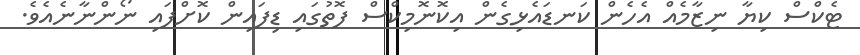
ޓެކްސް ކިޔާ ނިޒާމެއް އެހެން ކަނޑައެޅިގެން އިކޮނޮމިކްސް ފޮތުގައި ޑިފައިން ކޮށްފައި ނޯންނާނެއެވެ.